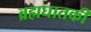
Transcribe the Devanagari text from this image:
ब्रह्मघातकी